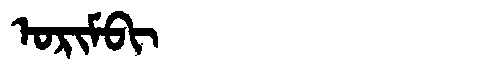
Manchu: ᠣᡵᡳᠮᠪᡳ
Romanization: ORIMBI